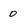
Character: 0